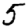
Digit: 5